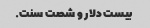
بیست دلار و شصت سنت.